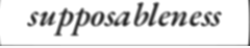
supposableness